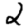
Digit: 2